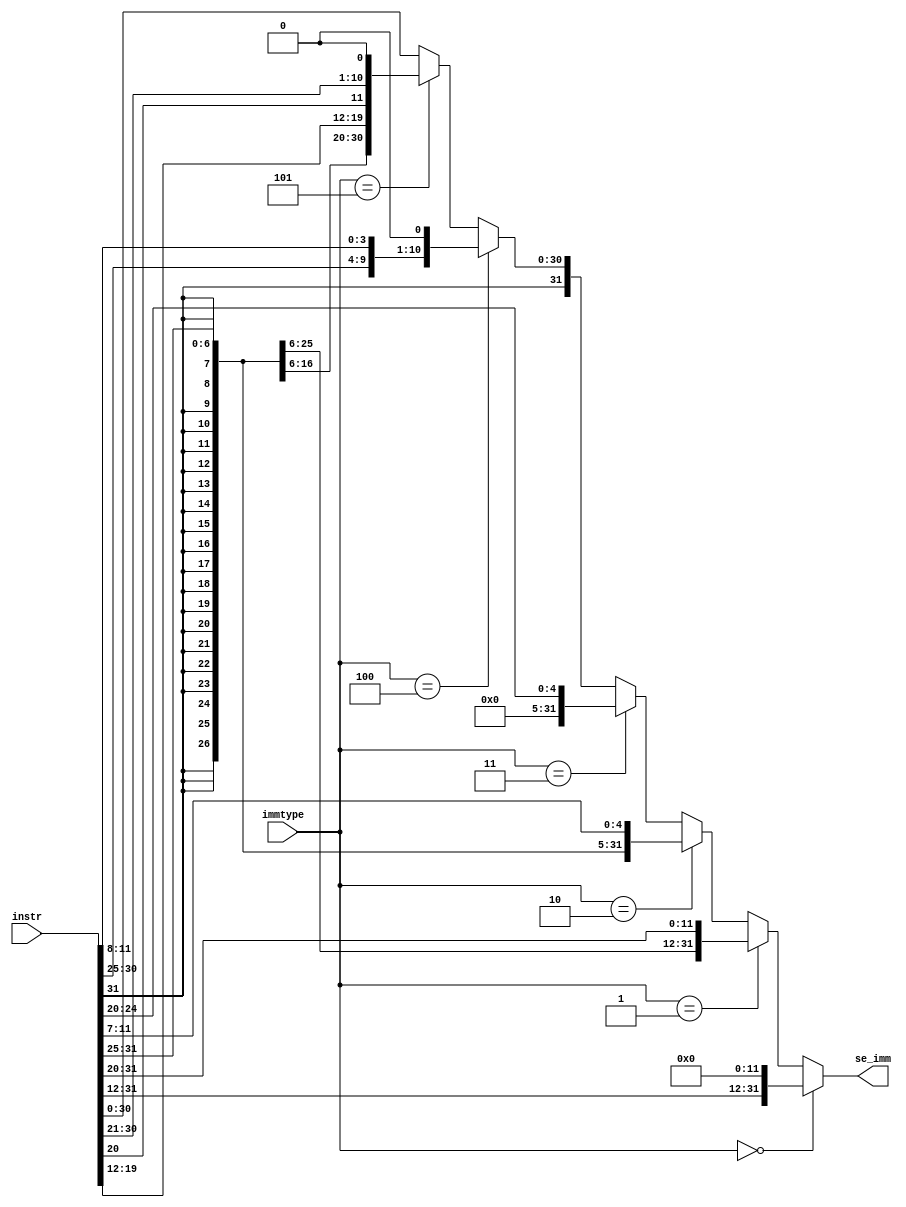
module immgen (
    input [31:0] instr,    // Input 32 bit instruction
    input [2:0] immtype,   // How the immediate has to be extended based on the opcode
    output [31:0] se_imm    // sign extended immediate
);

    reg [31:0] se_imm;
    
    always @*
        begin
            if (immtype == 3'b000)  //imm[31:12] - U type
                se_imm = {instr[31:12],{12{1'b0}}};  // Append zeroes to the end 
            
            else if (immtype == 3'b001) // imm[11:0] type 
                se_imm = {{20{instr[31]}},instr[31:20]};  // Sign extend to 32 bits
            
            else if (immtype == 3'b010) // Store type instructions imm[11:5] imm[4:0]
                se_imm = {{20{instr[31]}},instr[31:25],instr[11:7]};
            
            else if (immtype == 3'b011) // Immediate shift type -- this is redundant
                se_imm = {{27{1'b0}},instr[24:20]};
            
            else if (immtype == 3'b100) // Conditional branch type
                se_imm = {{21{instr[31]}},instr[7],instr[30:25],instr[11:8],{1{1'b0}}};
            
            else if (immtype == 3'b101) // JAL type
                se_imm = {{13{instr[31]}},instr[19:12],instr[20],instr[30:21],{1{1'b0}}};
                                   
            else 
                se_imm = instr;
                
        end
                
    
    
endmodule